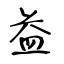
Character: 益